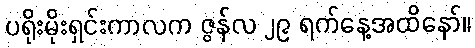
ပရိုးမိုးရှင်းကာလက ဇွန်လ ၂၉ ရက်နေ့အထိနော်။